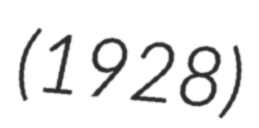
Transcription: (1928)